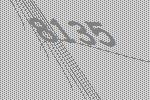
8135